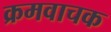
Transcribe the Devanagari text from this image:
क्रमवाचक